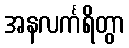
အနလင်္ကရိတွာ